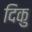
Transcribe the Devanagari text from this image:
दिकु